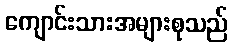
ကျောင်းသားအများစုသည်